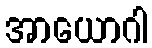
အာယောဂါ